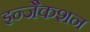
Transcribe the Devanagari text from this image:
इन्जैकशन